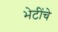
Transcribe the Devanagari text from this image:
भेटींचे